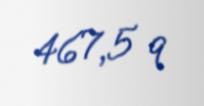
467,5 q